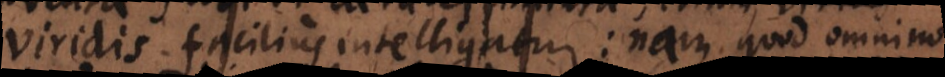
ridis facilius intelligatur: nam quod omnino